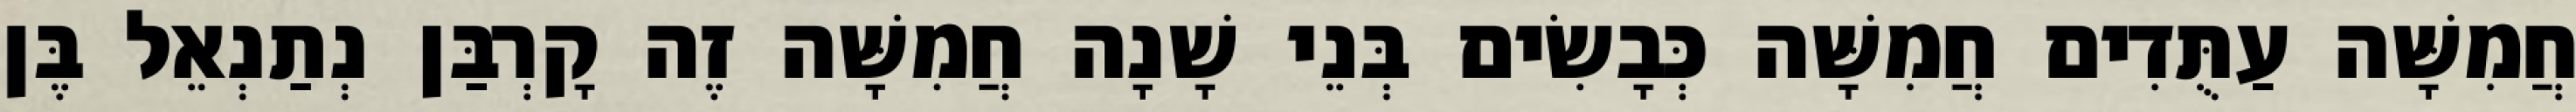
חֲמִשָּׁה עַתֻּדִים חֲמִשָּׁה כְּבָשִׂים בְּנֵי שָׁנָה חֲמִשָּׁה זֶה קָרְבַּן נְתַנְאֵל בֶּן